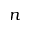
n